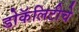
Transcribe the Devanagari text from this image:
डोकॅलिटीचे